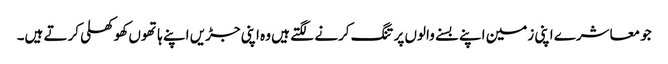
جو معاشرے اپنی زمین اپنے بسنے والوں پر تنگ کرنے لگتے ہیں وہ اپنی جڑیں اپنے ہاتھوں کھوکھلی کرتے ہیں۔